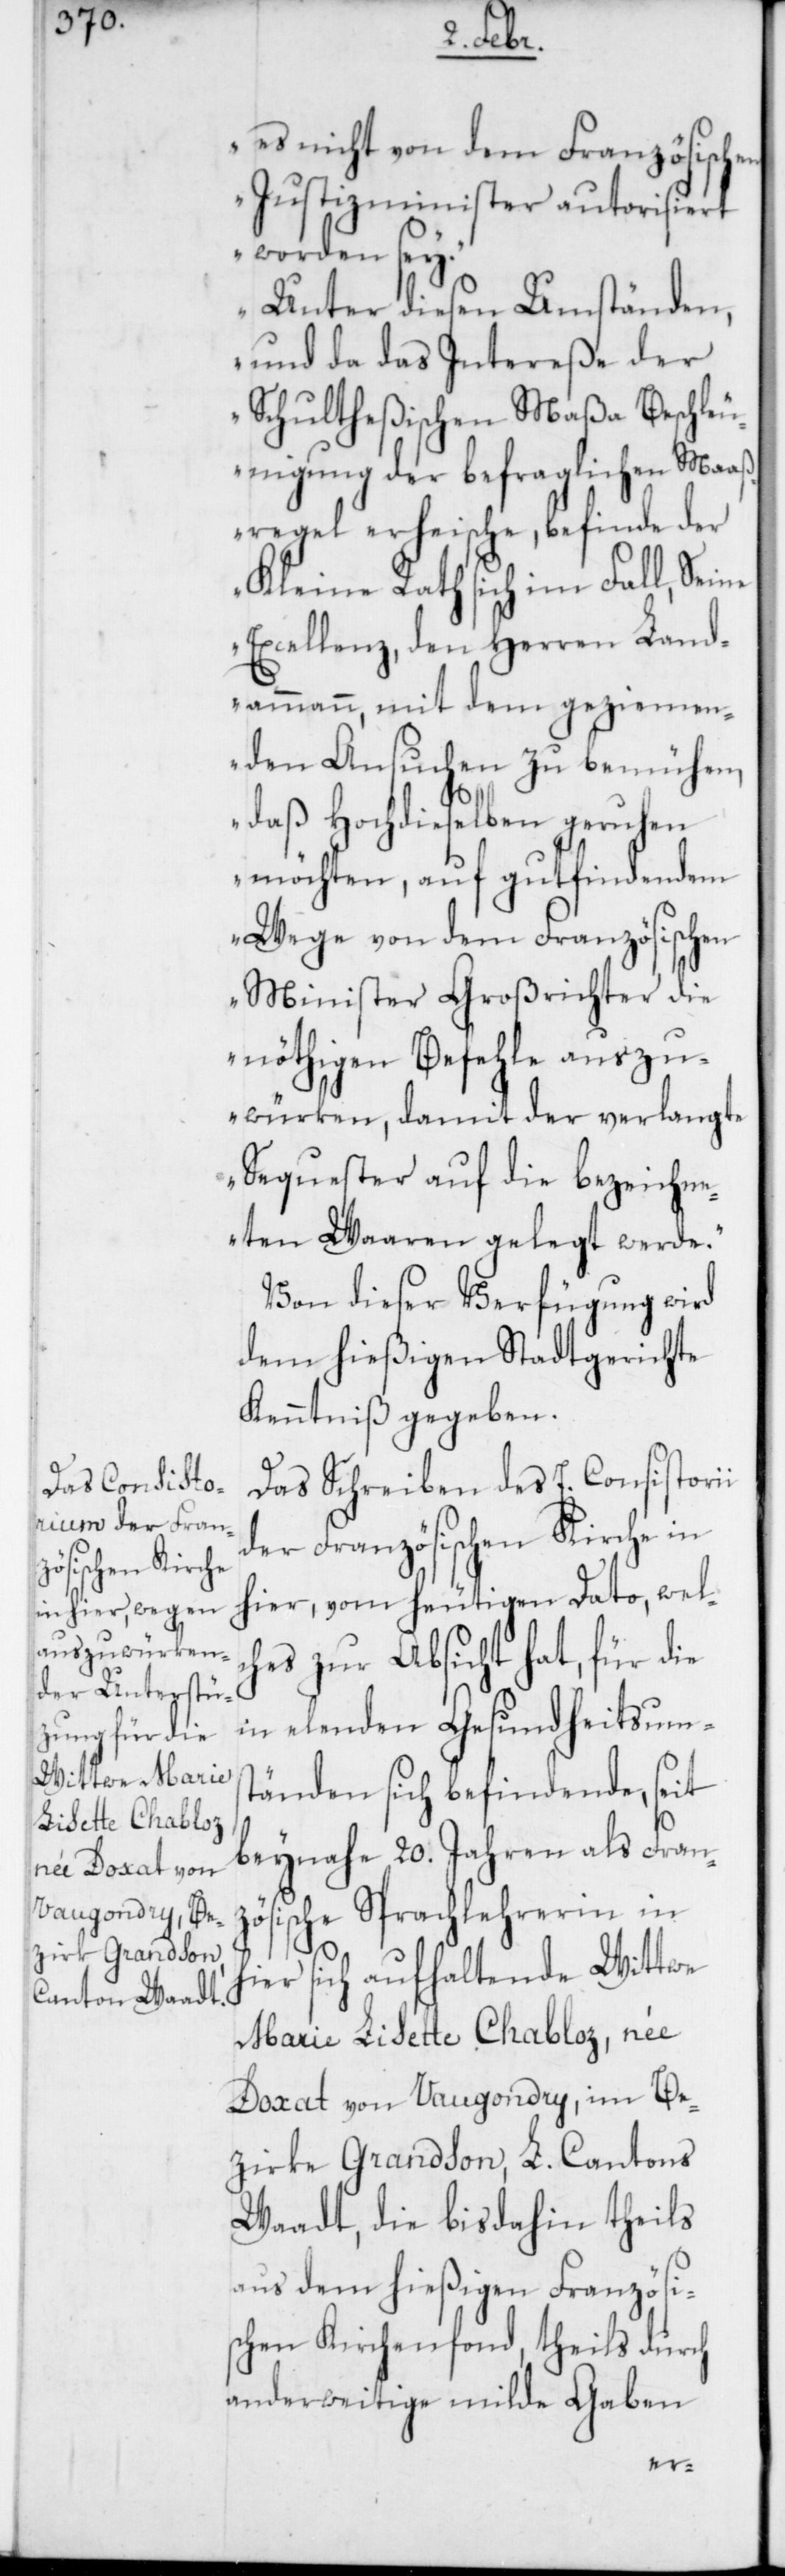
es nicht von dem Französischen
Justizminister autorisiert
worden sey.
Unter diesen Umständen,
und da das Intereße der
Schultheßischen Maßa Beschleu¬
nigung der befraglichen Maaß¬
regel erheische, befinde der
Kleine Rath sich im Fall, Seine
Excellenz, den Herren Land¬
ammann, mit dem geziemen¬
den Ansuchen zu bemühen,
daß Hochdieselben geruhen
möchten, auf gut findendem
Wege von dem Französischen
Minister Großrichter die
nöthigen Befehle auszu¬
würken, damit der verlangte
Sequester auf die bezeichn¬
eten Waaren gelegt werde“.
Von dieser Verfügung wird
dem hießigen Stadtgerichte
Kenntniß gegeben.
Das Schreiben des E. Consistorii
der Französischen Kirche in
hier, vom heutigen Dato, welc¬
hes zur Absicht hat, für die
in elenden Gesundheitsums¬
tänden sich befindende, seit
beynahe 20. Jahren als Franz¬
ösische Sprachlehrerin in
er sich aufhaltende Wittwe
Marie Lisette Chabloz, née
Doxat von Vaugondry, im Be¬
zirke Grandson, L. Cantons
Waadt, die bis dahin theils
aus dem hießigen Französi¬
schen Kirchenfonds, theils durch
anderweitige milde Gaben
hi¬